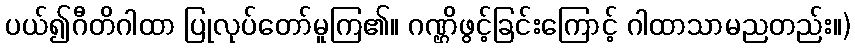
ပယ်၍ဂီတိဂါထာ ပြုလုပ်တော်မူကြ၏။ ဂဏ္ဌိဖွင့်ခြင်းကြောင့် ဂါထာသာမညတည်း။)